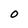
Character: O